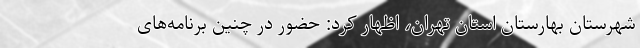
شهرستان بهارستان استان تهران، اظهار کرد: حضور در چنین برنامه‌های